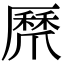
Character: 𭶸